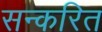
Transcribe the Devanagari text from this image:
सन्करित